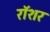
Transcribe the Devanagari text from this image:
रॉशर